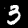
Digit: 3